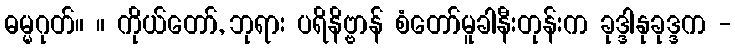
ဓမ္မဂုတ်။ ။ ကိုယ်တော်, ဘုရား ပရိနိဗ္ဗာန် စံတော်မူခါနီးတုန်းက ခုဒ္ဒါနုခုဒ္ဒက -